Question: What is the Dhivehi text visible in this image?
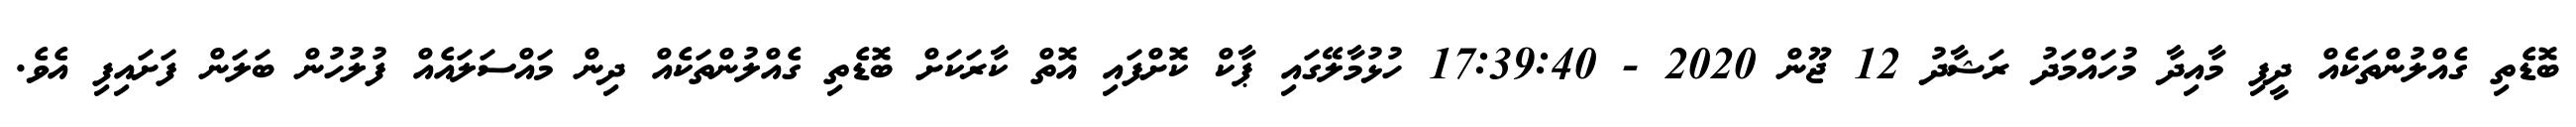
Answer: ބޮޑެތި ގެއްލުންތަކެއް ދީފި މާއިދާ މުހައްމަދު ރަޝާދު 12 ޖޫން 2020 - 17:39:40 ހުޅުމާލޭގައި ޕާކް ކޮށްފައި އޮތް ކާރަކަށް ބޮޑެތި ގެއްލުންތަކެއް ދިން މައްސަލައެއް ފުލުހުން ބަލަން ފަށައިފި އެވެ.